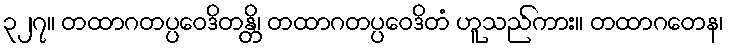
၃၂၇။ တထာဂတပ္ပဝေဒိတန္တိ၊ တထာဂတပ္ပဝေဒိတံ ဟူသည်ကား။ တထာဂတေန၊